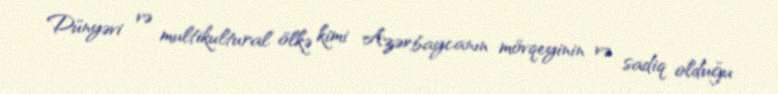
Dünyəvi və multikultural ölkə kimi Azərbaycanın mövqeyinin və sadiq olduğu